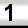
Digit: 1